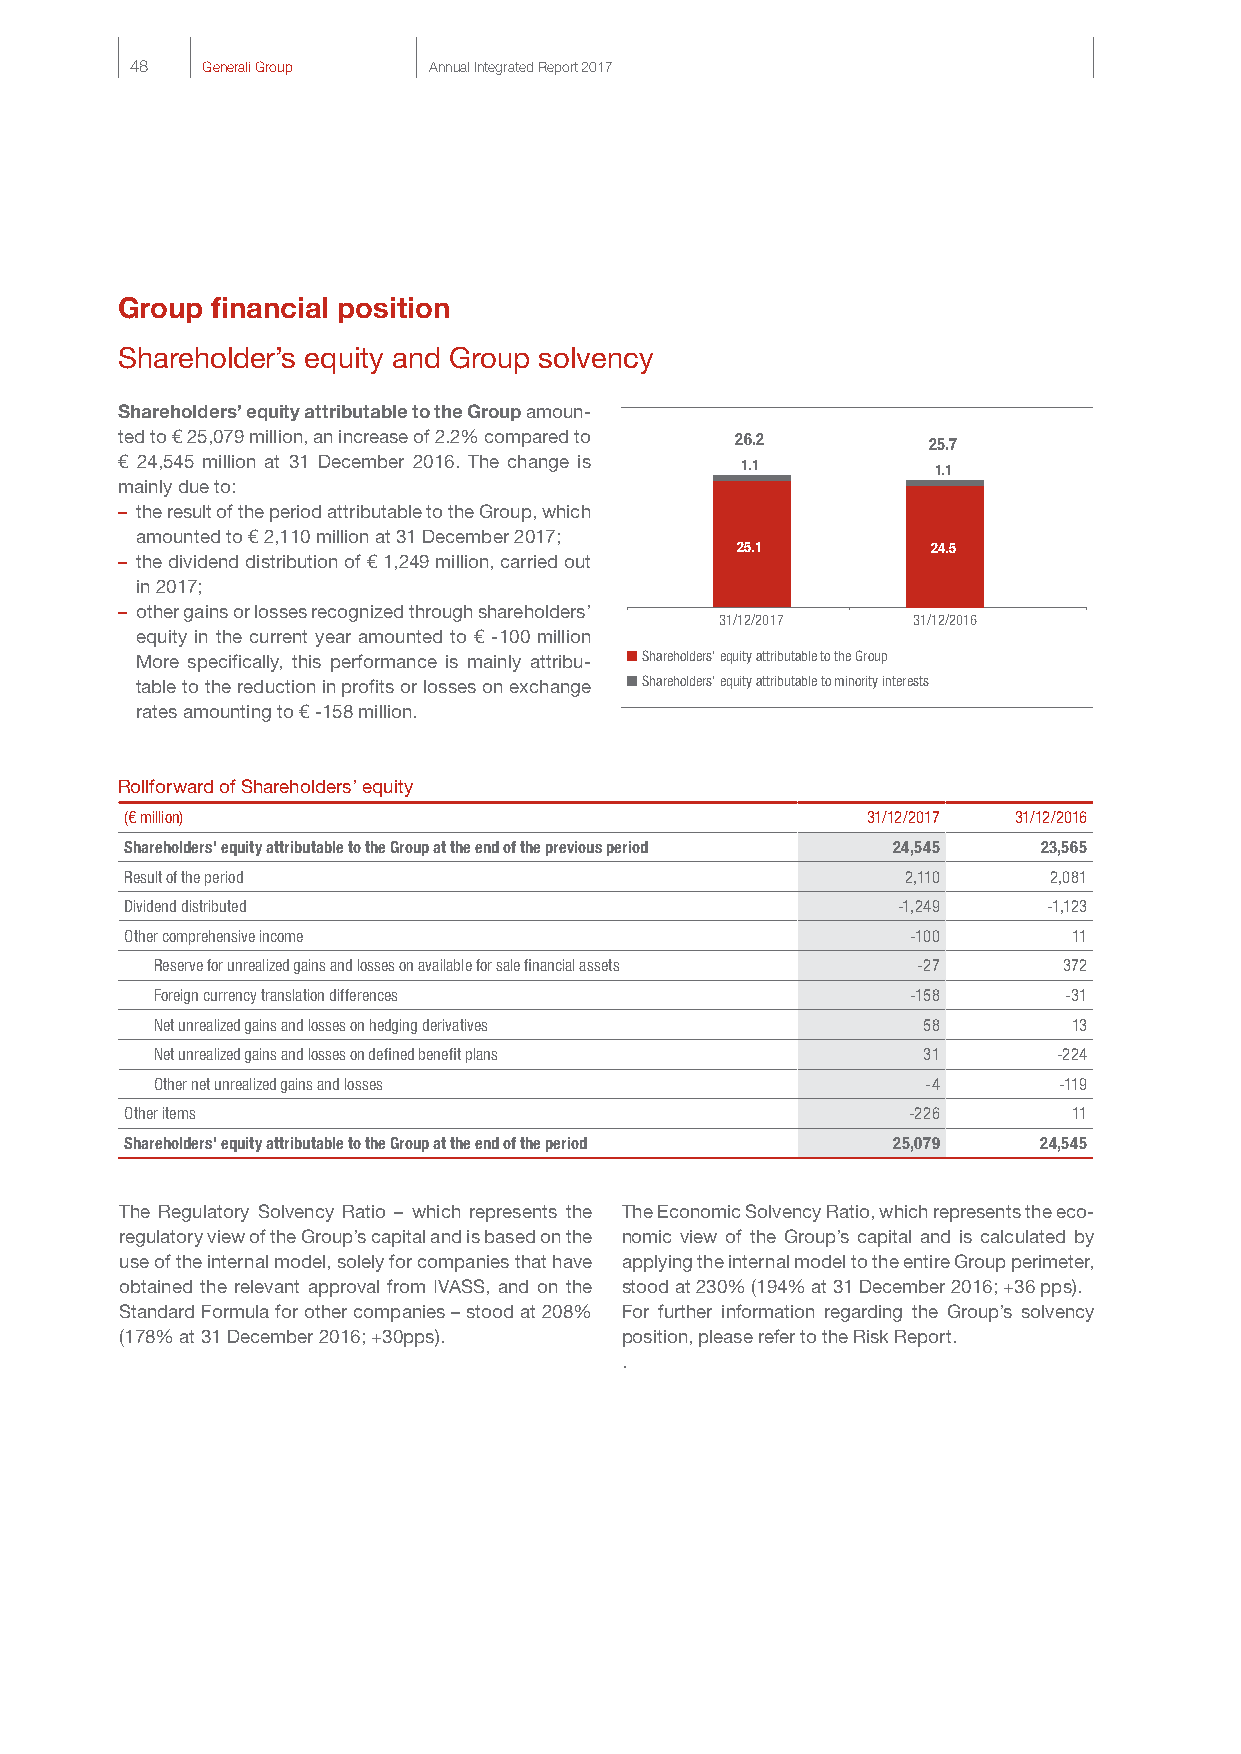
48  Generali Group Annual Integrated Report 2017
 Group financial position
 Shareholder’s equity and Group solvency
 Shareholders’ equity attributable to the Group amoun-
 ted to € 25,079 million, an increase of 2.2% compared to 26.2 25.7
 € 24,545 million at 31 December 2016. The change is 1.1 1.1
 mainly due to:
 – the result of the period attributable to the Group, which
 amounted to € 2,110 million at 31 December 2017;
 25.1         2243.,52
 – the dividend distribution of € 1,249 million, carried out
 in 2017;
 – other gains or losses recognized through shareholders’
 31/12/2017  31/12/2016
 equity in the current year amounted to € -100 million
 More specifically, this performance is mainly attribu- Shareholders’ equity attributable to the Group
 table to the reduction in profits or losses on exchange Shareholders’ equity attributable to minority interests
 rates amounting to € -158 million.
 Rollforward of Shareholders’ equity
 (€ million)                                      31/12/2017 31/12/2016
 Shareholders' equity attributable to the Group at the end of the previous period 24,545 23,565
 Result of the period                                2,110    2,081
 Dividend distributed                               -1,249    -1,123
 Other comprehensive income                          -100       11
 Reserve for unrealized gains and losses on available for sale financial assets -27 372
 Foreign currency translation differences          -158      -31
 Net unrealized gains and losses on hedging derivatives 58    13
 Net unrealized gains and losses on defined benefit plans 31 -224
 Other net unrealized gains and losses              -4       -119
 Other items                                         -226       11
 Shareholders' equity attributable to the Group at the end of the period 25,079 24,545
 The Regulatory Solvency Ratio – which represents the The Economic Solvency Ratio, which represents the eco-
 regulatory view of the Group’s capital and is based on the nomic view of the Group’s capital and is calculated by
 use of the internal model, solely for companies that have applying the internal model to the entire Group perimeter,
 obtained the relevant approval from IVASS, and on the stood at 230% (194% at 31 December 2016; +36 pps).
 Standard Formula for other companies – stood at 208% For further information regarding the Group’s solvency
 (178% at 31 December 2016; +30pps). position, please refer to the Risk Report.
 .